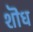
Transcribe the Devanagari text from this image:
शॊध